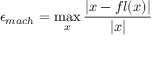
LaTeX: \epsilon _ { m a c h } = \operatorname* { m a x } _ { x } { \frac { | x - f l ( x ) | } { | x | } }